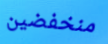
منخفضين